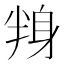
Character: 𮷕